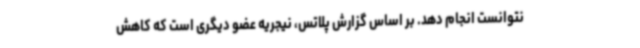
نتوانست انجام دهد. بر اساس گزارش پلاتس، نیجریه عضو دیگری است که کاهش